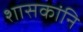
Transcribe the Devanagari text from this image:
शासकांनि